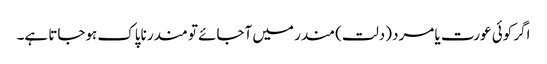
اگر کوئی عورت یا مرد (دلت) مندر میں آجائے تو مندر ناپاک ہوجاتا ہے۔